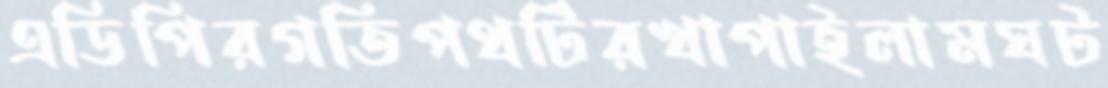
এডিপিরগতিপথটিরখাপাইলামঘট